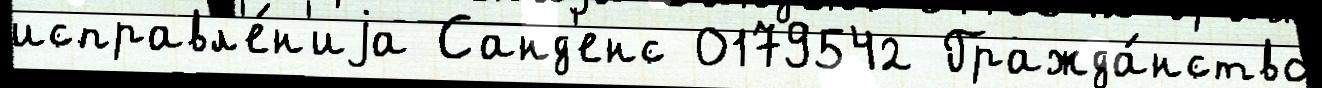
исправл'е́н'иjа Санд'енс 0179542 Гражда́нство